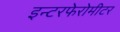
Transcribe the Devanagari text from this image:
इन्टरफेरोमीटर